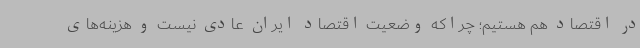
در اقتصاد هم هستیم؛ چراکه وضعیت اقتصاد ایران عادی نیست و هزینه‌های